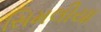
સિમલીયા